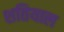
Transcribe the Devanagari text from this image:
शतियाल